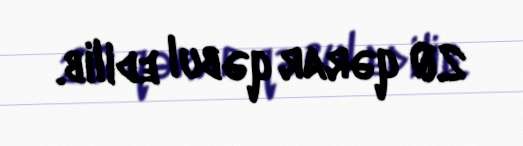
20 qərar qəbul edilib.